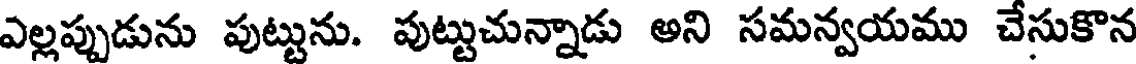
ఎల్లప్పుడును పుట్టును. పుట్టుచున్నాడు అని సమన్వయము చేసుకొన